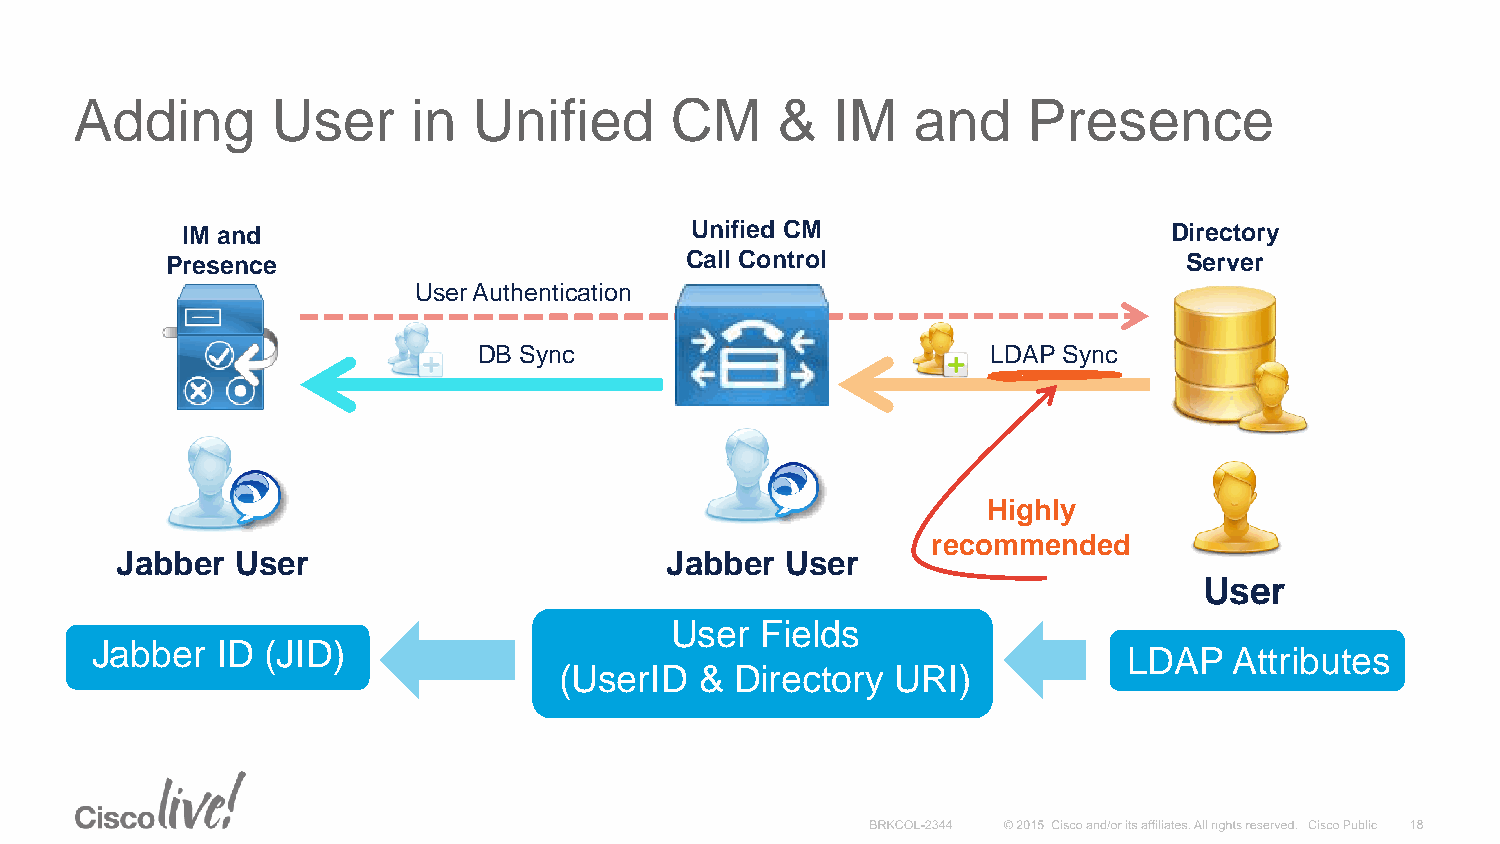
Adding       User     in  Unified      CM     &   IM   and     Presence
 IM and                            Unified CM                     Directory
 Presence                          Call Control                      Server
 User Authentication
 DB Sync                           LDAP Sync
 Highly
 recommended
 Jabber  User                        Jabber  User
 User
 User  Fields
 Jabber  ID  (JID)
 LDAP   Attributes
 (UserID  &  Directory URI)